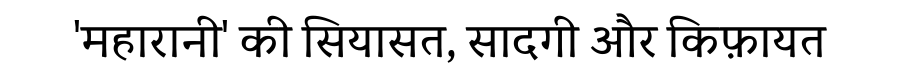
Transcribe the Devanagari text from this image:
'महारानी' की सियासत, सादगी और किफ़ायत